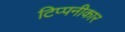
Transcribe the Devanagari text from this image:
टिप्पनीकार